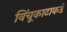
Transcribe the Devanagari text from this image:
विंचूकाटाकडे